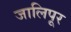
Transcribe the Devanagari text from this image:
जालिपूर